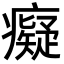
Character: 癡